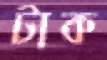
টাক